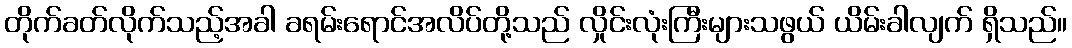
တိုက်ခတ်လိုက်သည့်အခါ ခရမ်းရောင်အလိပ်တို့သည် လှိုင်းလုံးကြီးများသဖွယ် ယိမ်းခါလျက် ရှိသည်။